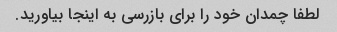
لطفا چمدان خود را برای بازرسی به اینجا بیاورید.